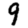
Digit: 9